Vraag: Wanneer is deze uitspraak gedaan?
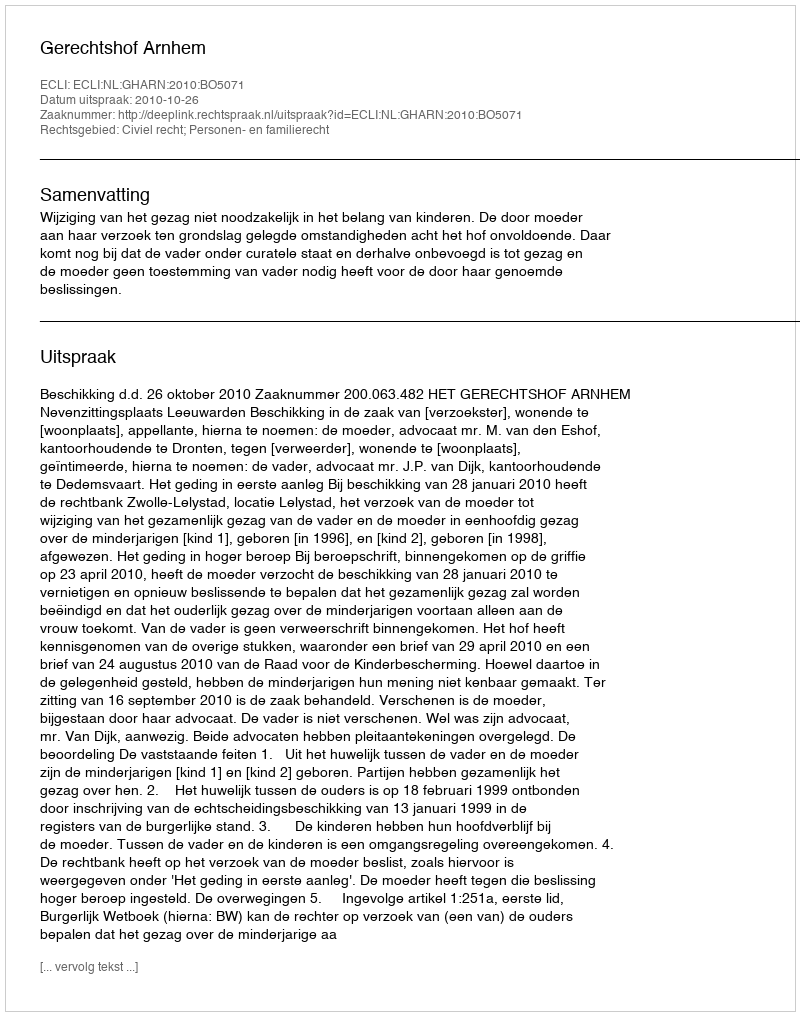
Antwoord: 2010-10-26